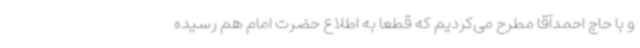
و با حاج احمدآقا مطرح می‌کردیم که قطعا به اطلاع حضرت امام هم رسیده